Annual statistical returns and brief notes on vaccination in Bengal - 1896-1909
Year: 1896
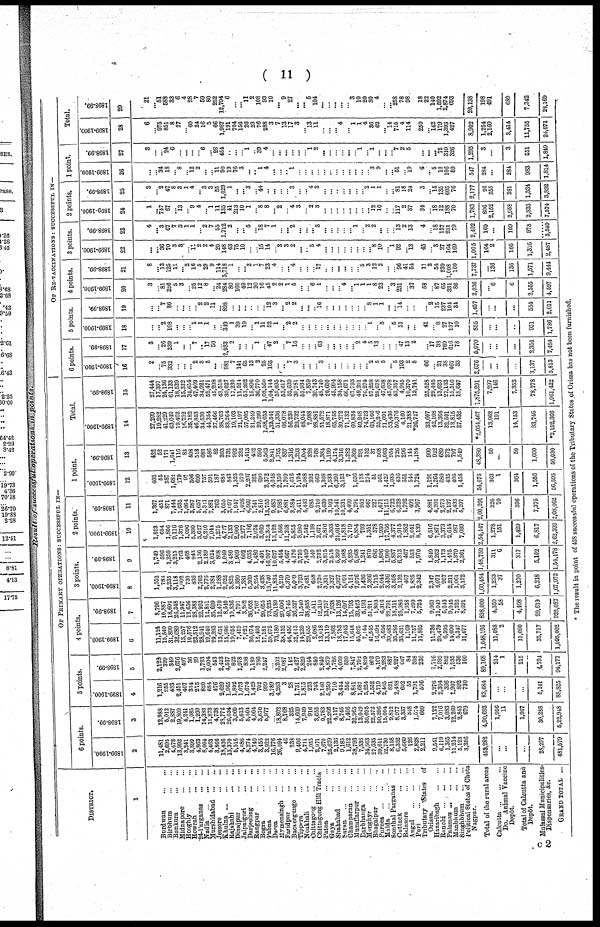
( 11 )
Result of successful operations in points.
DISTRICT.
1
Burdwan
...
...
Birbhum ... ...
Bankura
...
...
Midnapore
...
...
Hooghly...
...
Howran
...
...
24-Parganas
...
...
Nadia
...
...
...
Murshidabad ... ... ...
Jessore
...
...
Khulna
...
...
...
Rajshahi ... ...
Dinajpur
...
...
Jalpaiguri
...
...
Darjeeling
...
...
Rangpur
...
...
Bogra ... ...
Pabna
...
...
Dacca
...
...
Mymensingh
...
...
Faridpur ... ...
Backergunge
...
...
Tipppra
...
...
Noakhali
...
...
Chittagong
...
...
Chittagong Hill Tracts
Patna
...
...
Gaya
...
...
Shahabad
...
...
Saran
...
...
...
Champaran
...
...
Muzaffarpur
...
...
Darbhanga
...
...
Monghyr
...
...
Bhagalpur
...
...
Purnea
...
...
Malda ... ... ...
Sonthal Parganas ...
Cuttack
...
...
Balasore
...
...
Angul
...
...
...
Puri
...
...
Tributary States of
Orissa.
Hazaribagh
...
...
Ranchi
...
...
...
Palamau
...
...
...
Manbhum
...
...
Singhbhum
...
...
Political States of Chota
Nagpur.
Total of the rural areas
Calcutta...
...
...
Do. Animal Vaccine
Depôt.
Total of Calcutta and
Depôt.
Mufassal Municipalities,
Dispensaries, &c.
GRAND TOTAL ...
OF PRIMARY OPERATIONS : SUCCESSFUL IN—
6 points.
1899-1900.
2
11,481
2,695
4,478
13,993
3,241
3,899
4,863
8,004
4,463
3,866
18,436
13,370
5,516
4,086
8,274
4,740
3,455
3,922
16,776
26,094
46
238
9,406
4,711
1,055
2,971
7,670
25,679
2,136
9,185
1,612
38,793
7,536
34,563
27,635
39,611
12,730
8,158
6,352
5,660
126
2,828
2,211
9,541
6,119
1,365
11,214
5,123
3,356
453,282
...
...
...
28,297
481,579
1898-99.
3
12,988
5,012
2,887
19,809
4,241
1,085
1,299
14,383
11,873
4,738
28,772
26,034
3,060
5,613
5,504
4,004
3,670
5,977
...
18,802
8,768
325
14,609
7,949
916
3,655
9,783
22,266
4,117
8,745
1,406
32,965
13,049
36,695
22,572
50,396
15,004
9,812
8,977
3,337
348
1,574
660
7,122
7,016
3,083
12,269
2,845
679
4,90,693
1,956
11
1,967
30,288
5,22,948
5 points.
1899-1900.
4
1,216
255
433
2,451
407
334
275
820
684
476
2,629
1,965
1,892
1,073
1,674
1,429
702
999
3,789
4,263
3
28
1,731
1,815
223
743
2,140
5,259
710
3,454
556
8,841
1,687
5,224
1,552
4,719
2,465
821
2,488
602
55
1,791
506
2,276
2,304
396
1,907
892
730
83,684
...
...
...
5,141
88,825
1898-99.
5
2,122
399
349
2,676
497
36
29
1,723
2,004
543
2,403
4,537
822
1,978
898
1,189
786
2,247
...
3,202
2,087
142
2,427
2,829
244
840
2,840
4,879
1,726
4,009
520
7,847
2,702
4,829
802
4,109
3,283
887
4,227
667
84
308
236
1,716
2,995
862
1,935
536
160
89,168
214
1
215
4,794
94,177
4 points.
1899-1900.
6
11,124
15,540
31,890
32,689
13,257
10,576
23,512
28,911
19,640
29,393
13,651
15,996
19,055
7,419
7,021
36,074
12,493
17,181
59,672
73,180
38,152
46,456
32,613
14,239
29,655
2,086
13,018
13,119
7,862
18,783
17,043
15,648
45,025
7,144
41,545
16,492
5,656
39,483
35,586
35,631
1,169
11,757
11,805
11,736
20,479
6,595
14,090
5,347
11,677
1,048,195
11,088
2
11,090
35,717
1,095,002
1898-99.
7
8,796
10,887
18,602
26,348
11,947
12,656
28,388
22,992
12,851
35,699
12,470
8,540
19,836
4,791
3,262
36,052
7,767
20,655
73,235
59,189
29,606
40,745
26,527
11,540
38,858
1,511
12,310
13,757
7,938
13,126
14,697
15,793
39,423
5,193
51,211
1,803
6,316
22,791
18,311
25,986
1,958
7,299
5,724
9,060
11,049
5,243
9,045
7,526
8,691
898,000
4,350
58
4,408
29,619
932,027
3 points.
1899-1900.
8
1,552
783
2,235
3,118
1,002
730
836
2,762
2,776
2,984
1,288
2,022
3,825
2,300
1,381
5,369
2,254
3,438
13,740
11,834
4,219
6,379
5,009
3,793
7,481
658
2,720
3,331
2,327
6,927
5,091
4,124
7,076
1,436
2,366
1,715
2,044
3,436
3,598
2,132
407
1,825
2,342
2,347
4,071
957
2,211
1,061
3,172
1,60,484
1,233
37
1,270
6,218
1,67,972
1898-99.
9
1,749
596
1,256
3,215
703
408
943
2,136
2,189
3,024
808
1,049
3,480
1,909
602
4,035
1,480
4,491
16,007
10,627
5,454
4,667
4,176
3,759
7,469
540
3,732
3,815
2,518
5,399
3,988
4,285
5,968
1,241
870
686
1,896
1,900
5,887
6,313
467
553
1,970
1,849
3,262
1,173
1,475
1,379
2,361
1,48,759
311
6
317
5,102
1,54,178
2 points.
1899-1900.
10
1,523
654
1,806
9,116
1,376
1,096
5,390
5,627
6,210
7,044
1,275
4,727
2,133
2,900
2,277
7,186
2,024
3,069
12,364
13,122
6,566
11,268
5,855
3,980
7,542
1,138
2,671
2,876
4,303
21,016
11,818
3,719
6,854
703
1,351
578
1,930
17,766
4,377
5,915
1,852
2,641
8,139
6,516
7,871
3,373
2,644
987
7,039
2,54,147
1,278
151
1,429
6,817
2,62,393
1898-99.
11
1,367
451
871
7,444
1,035
1,064
3,587
5,657
5,321
7,881
763
3,055
2,097
1,947
1,026
6,569
1,741
2,810
13,755
9,483
7,985
6,881
3,584
3,411
5,443
935
2,310
2,639
3,102
10,541
10,231
4,499
5,291
952
667
227
1,671
11,215
6,722
6,328
1,792
492
3,967
4,881
4,201
2,573
2,137
2,433
5,207
2,00,291
326
70
396
7,375
2,08,062
1 point.
1899-1900.
12
403
55
387
1,682
179
97
306
699
757
591
187
683
843
1,325
570
2,207
321
690
2,372
4,048
2,350
1,709
1,616
1,194
2,088
392
662
1,308
1,533
6,390
3,152
7
1,656
178
274
51
561
1,427
1,035
436
551
546
1,724
1,191
1,264
680
435
405
1,458
54,675
363
1
364
1,556
56,595
1898-99.
13
422
52
171
1,641
116
83
408
518
683
586
82
303
732
992
232
1,413
452
590
5,563
2,841
1,795
857
1,316
1,293
1,004
228
768
1,384
1,199
4,174
3,316
1,282
1,360
291
152
37
508
1,003
954
726
296
144
1,184
900
922
689
272
797
1,549
48,380
50
...
50
1,600
50,030
Total.
1899-1900
14
27,299
19,282
41,229
63,049
19,462
16,732
35,182
46,853
34,530
44,354
37,466
38,763
33,264
19,103
21,197
57,005
21,249
29,299
1,08,653
1,32,541
51,336
66,078
56,230
29,732
48,041
7,988
28,881
51,572
18,871
65,755
39,272
71,132
69,834
49,248
74,723
63,166
25,386
71,091
53,436
50,376
4,160
21,388
*26,727
33,607
42,108
13,366
32,501
13,815
27,432
*2,054,467
13,962
191
14,153
83,746
*2,152,366
1898-99.
15
27,444
17,397
24,136
61,133
18,539
15,332
34,654
47,409
34,921
52,471
45,298
43,518
30,027
17,230
11,524
53,262
15,896
36,770
1,08,560
1,04,144
55,695
53,617
52,639
30,781
53,934
7,859
30,743
48,740
20,600
45,994
34,158
66,671
67,793
49,201
76,274
57,258
28,678
47,608
45,078
43,357
4,945
10,370
13,741
25,528
29,445
13,623
27,133
15,516
18,647
1,875,291
7,207
146
7,353
78,778
1,961,422
OF RE-VACCINATIONS : SUCCESSFUL IN—
6 points.
1899-1900
16
2
...
75
332
...
...
...
2
3
5
...
...
981
7
141
65
13
2
25
165
...
...
7
3
...
...
...
3
...
...
...
...
...
...
... 2
5
5
...
5
193
2
8
66
...
21
38
467
33
2,676
...
...
...
3,137
5,813
1898-99.
17
3
... 26
239
1
...
... 7
...
17
50
...
2,983
2
...
...
...
1
... 47
2
...
7
16
...
...
...
63
...
...
...
...
... 2
4
5
13
...
...
...
47
15
2
... 17
38
769
616
78
5,070
...
...
...
2,354
7,424
5 points.
1899-1900
18
...
... 2
108
...
...
...
1
1
1
...
...
349
1
39
19
... 1
11
52
1
... 2
2
...
...
...
...
...
...
...
...
...
...
...
1
...
5
...
5
31
...
...
41
...
8
27
137
10
855
...
...
...
931
1,786
1898-99.
19
...
... 7
86
...
...
...
...
2
2
11
...
898
...
...
...
...
...
... 12
3
... 2
2
...
...
...
16
...
...
...
...
...
...
...
8
1
1
...
... 14
...
...
... 2
15
237
104
34
1,457
...
...
...
554
2,011
4 points.
1899-1900.
20
3
...
81
256
5
3
... 25
12
8
...
24
284
80
160
49
12
20
16
45
2
2
1
5
...
...
6
1
...
...
...
4
...
1
1
1
8
23
... 3
231
...
37
58
...
87
65
331
86
2,036
...
6
6
2,555
4,597
1898-99.
21
8
...
13
125
11
... 2
16
5
29
9
114
5,718
1
...
... 2
1
7
23
4
...
... 4
...
...
...
17
...
...
...
...
...
...
5
3
12
2
...
...
96
41
54
11
3
54
239
1,008
100
7,737
...
136
136
1,571
9,444
3 points.
1899-1900.
22
...
...
36
70
3
3
...
11
2
2
4
20
148
43
75
10
...
...
15
14
...
3
3
2
... ...
5
4
...
...
...
...
...
...
...
... 8
10
...
1
92
...
13
45
...
3
27
164
169
1,005
164
2
166
1,316
2,487
1898-99.
23
4
...
3
67
7
3
1
1
...
2
7
55
1,712
2
...
... 5
...
18
7
1
...
... 2
...
...
... 3
...
...
...
...
... 1
...
2
2
...
...
...
13
2
13
4
...
18
137
231
79
2,402
169
...
169
978
3,549
2 points.
1899-1900.
24
1
...
747
67
...
13
...
9
4
...
1
11
135
41
213
10
1
...
8
8
... 2
...
4
3
...
2
3
...
...
...
...
...
...
...
... 12
10
...
...
117
2
37
34
...
18
12
188
70
1,783
806
2,152
2,958
2,833
7,574
1898-99.
25
3
...
2
47
8
3
1
4
...
3
3
55
1,029
1
...
...
3
...
44
...
...
...
...
3
...
... 4
3
...
...
...
...
...
...
...
2
1
1
...
... 81
18
24
3
... 15
135
605
76
2,177
26
355
381
1,334
3,892
1 point.
1899-1900.
26
...
...
34
18
...
8
...
12
2
...
...
11
90
19
76
3
... ...
1
4
...
... ...
1
...
...
...
...
...
...
...
...
...
...
...
...
3
9
...
... 51
...
19
6
... 5
10
106
59
547
284
...
284
983
1,814
1898-99.
27
3
...
...
24
6
...
...
...
...
6
... 28
454
...
...
...
1
...
39
4
...
...
...
...
...
...
1
2
...
...
...
...
...
...
1
...
1
...
...
...
7
2
5
...
...
... 75
310
326
1,295
3
...
3
551
1,849
Total.
1899-1900.
28
6
...
975
851
8
27
...
60
24
16
5
66
1,987
191
704
156
26
23
76
288
3
7
13
17
3
... 13
11
...
...
... 4
... 1
1
4
36
62
... 14
715
4
114
250
...
142
179
1,393
427
8,902
1,254
2,160
3,414
11,755
24,071
1898-99.
29
21
...
51
588
33
6
4
28
7
59
80
252
12,794
6
...
... 11
2
108
93
10
... 9
27
...
... 5
104
...
...
...
...
...
3
10
20
30
4
...
... 258
78
98
18
22
140
1,592
2,874
693
20,138
198
491
689
7,342
28,169
* The result in point of 458 successful operations of the Tributary States of Orissa has not been furnished.
c2